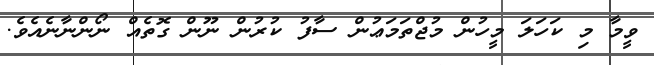
ވީމާ މި ކަހަލަ މީހުން މުޖްތަމަޢުން ސާފު ކުރުން ނޫން ގޮތެއް ނޯންނާނެއެވެ.